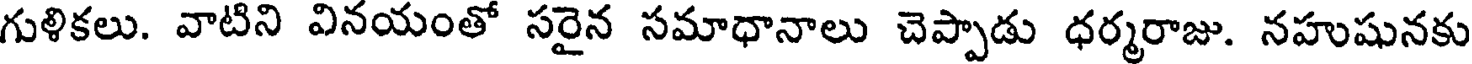
గుళికలు. వాటిని వినయంతో సరైన సమాధానాలు చెప్పాడు ధర్మరాజు. నహుషునకు